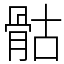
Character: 骷